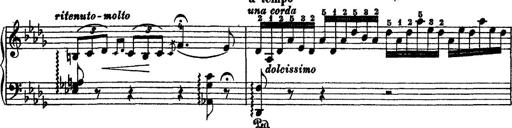
Title: 2 KonzertetÃ¼den
Composer: Franz Liszt